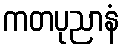
ကတပုညာနံ